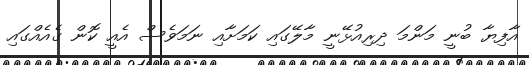
އާފިޔާ ބުނީ މަންމަ ދިރިއުޅޭނީ މާލޭގައި ކަމަށާއި ނަމަވެސް އެއީ ކޮން ގެއެއްގައި